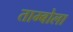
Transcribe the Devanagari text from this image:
ताम्बोला